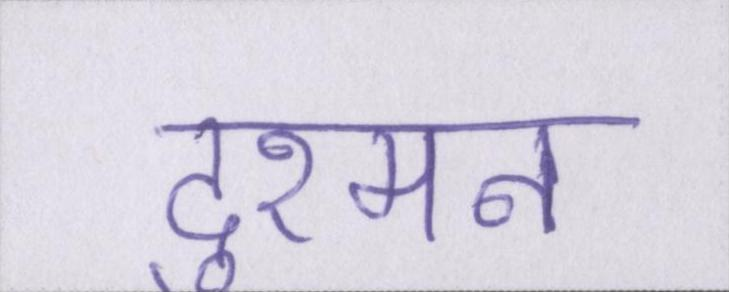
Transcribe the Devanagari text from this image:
दुश्मन